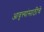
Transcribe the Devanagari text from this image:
आवृत्त्यांसाठीचे